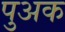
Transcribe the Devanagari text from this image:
पुअक